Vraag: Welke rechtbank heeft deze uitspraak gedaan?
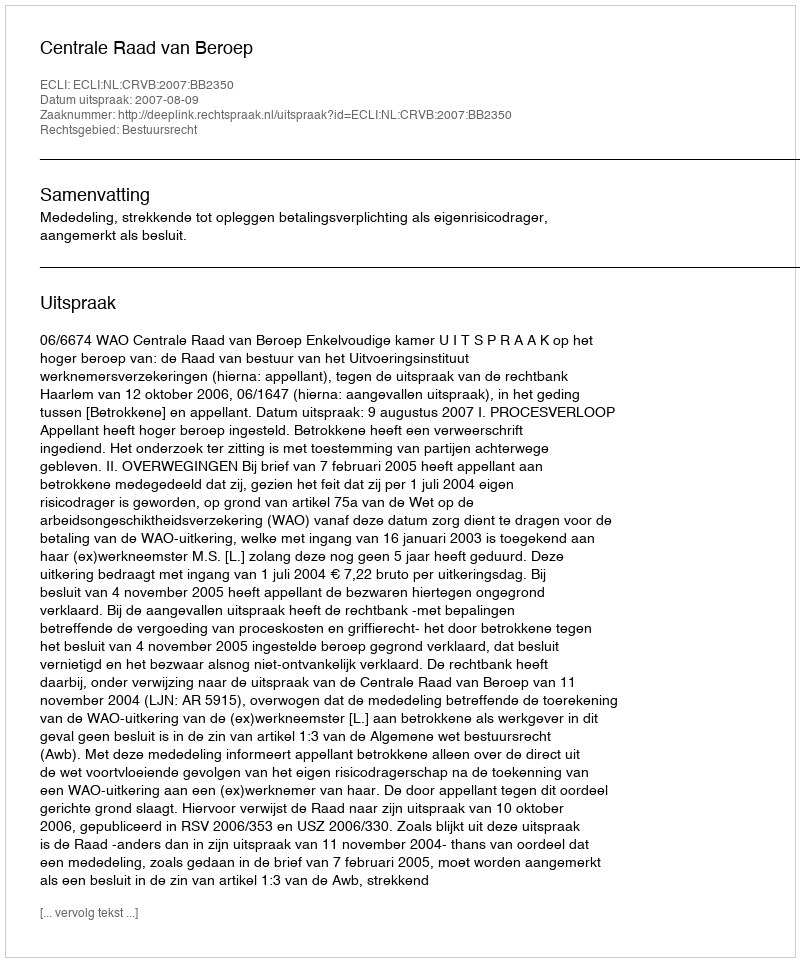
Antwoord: Centrale Raad van Beroep